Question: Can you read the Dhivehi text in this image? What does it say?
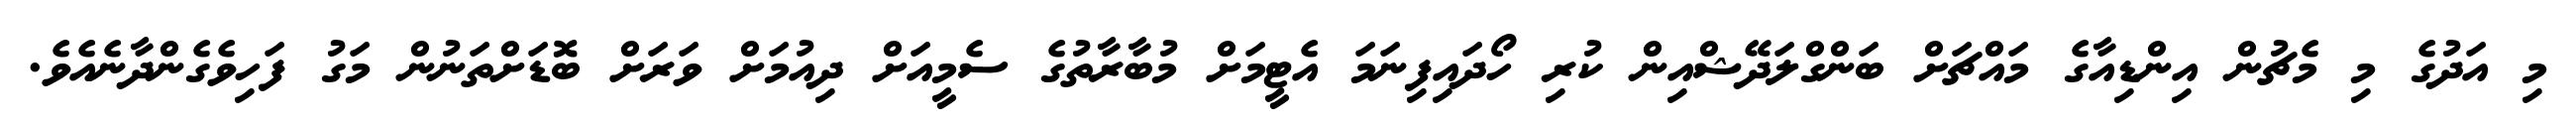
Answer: މި އަދުގެ މި މެޗުން އިންޑިއާގެ މައްޗަށް ބަންގްލަދޭޝްއިން ކުރި ހޯދައިފިނަމަ އެޓީމަށް މުބާރާތުގެ ސެމީއަށް ދިއުމަށް ވަރަށް ބޮޑަށްތަނުން މަގު ފަހިވެގެންދާނެއެވެ.